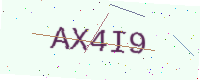
Text: AX4I9